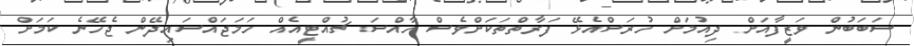
ސަބަބުން ވަޒީފާއަށް ދިއުމަށް ހުރަސްއެޅޭ ފަރާތްތަކަށްވެސް ހާއްސަ ޗުއްޓީއެއް ހަމަޖައްސައިދޭން ޖެހޭނެ ކަމަށް